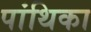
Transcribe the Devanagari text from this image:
पांथिका